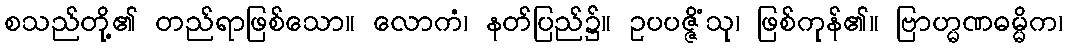
စသည်တို့၏ တည်ရာဖြစ်သော။ လောကံ၊ နတ်ပြည်၌။ ဥပပဇ္ဇိံသု၊ ဖြစ်ကုန်၏။ ဗြာဟ္မဏဓမ္မိက၊